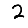
Digit: 2